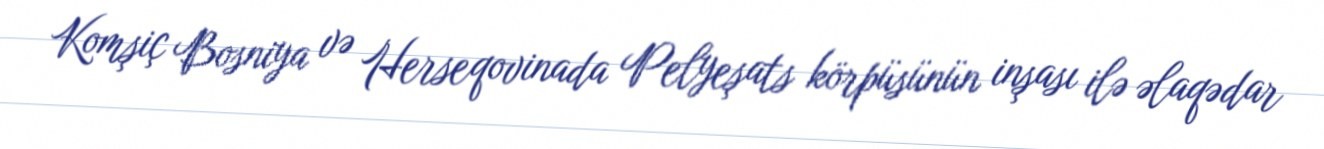
Komşiç Bosniya və Herseqovinada Pelyeşats körpüsünün inşası ilə əlaqədar